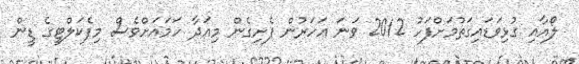
ލޯއާއި ގުޅިވަޑައިގަތުމަށްފަހު 2012 ވަނަ އަހަރުން ފެށިގެން މިއަދާ ހަމައަށްވެސް މިފެކަލްޓީގެ ޑީން